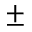
\pm